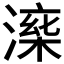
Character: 𣼅